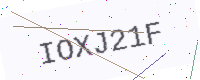
Text: IOXJ21F